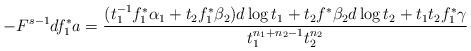
LaTeX: \begin{align*}-F^{s-1}df_{1}^{*}a=\frac{(t_{1}^{-1}f_{1}^{*}\alpha_{1}+t_{2}f_{1}^{*}\beta_{2})d\log t_{1}+t_{2}f^{*}\beta_{2}d\log t_{2}+t_{1}t_{2}f_{1}^{*}\gamma}{t_{1}^{n_{1}+n_{2}-1}t_{2}^{n_{2}}} \end{align*}